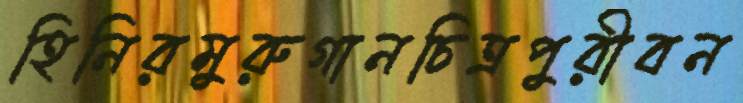
হিনিরমুরুগানচিত্রপুরীবন